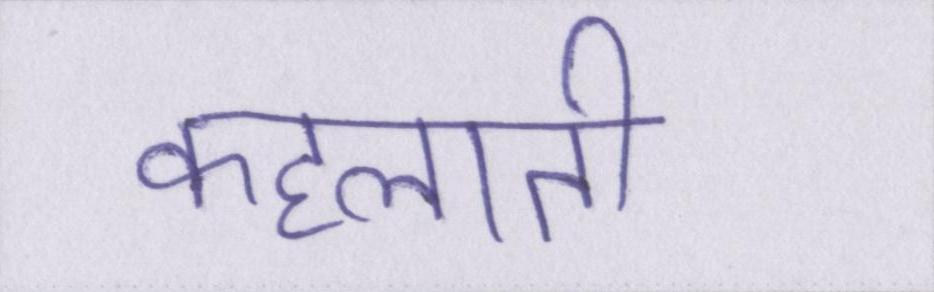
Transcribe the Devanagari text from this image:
कहलाती